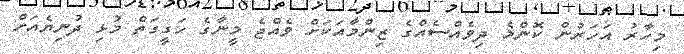
މިހާރު އަހަރުން ކޮންމެ ދިވެއްސެއްގެ ޒިންމާއަކަށް ވެއްޖެ މީނާގެ ހަގީގަތް މުޅި ދުނިޔެއަށް